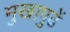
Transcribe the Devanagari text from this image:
मुखापुढें